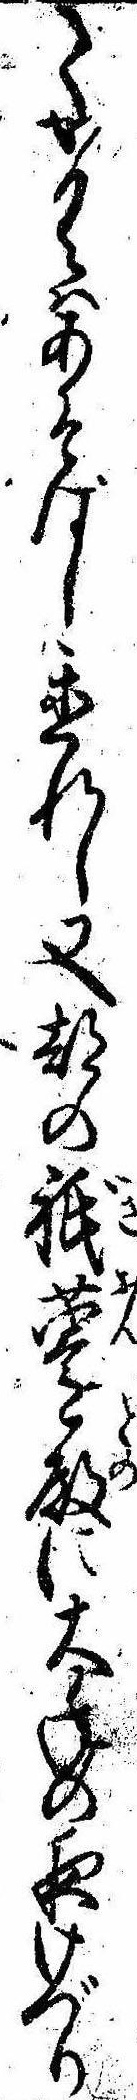
てかくはあそばし置れし又都の祇園殿に大年の夜けづり